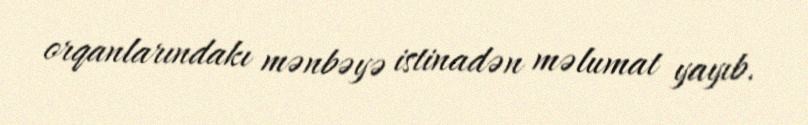
orqanlarındakı mənbəyə istinadən məlumat yayıb.